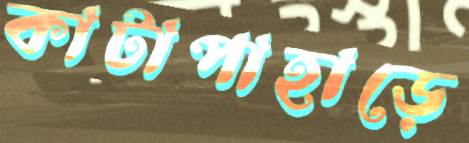
কাটাপাহাড়ে